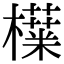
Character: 𬅅